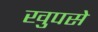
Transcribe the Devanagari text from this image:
खुपसे